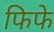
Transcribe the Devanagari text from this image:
फिफे